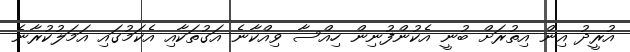
އުރީދު އިން އިތުރަށް ބުނީ އެކުންފުނިން ހިއްސާ ވިއްކާނެ އަގުތަކާއި އެކަމުގައި އަމަލުކުރާނެ